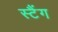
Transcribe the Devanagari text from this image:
स्टैंग